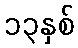
၁၃နှစ်